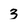
Character: 3